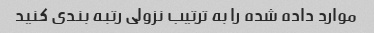
موارد داده شده را به ترتیب نزولی رتبه بندی کنید